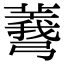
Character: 𢐯